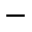
-